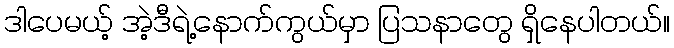
ဒါပေမယ့် အဲ့ဒီရဲ့နောက်ကွယ်မှာ ပြသနာတွေ ရှိနေပါတယ်။